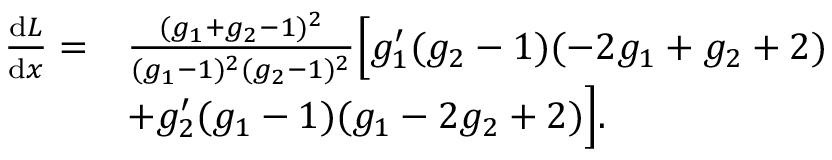
\begin{array} { r l } { \quad \frac { \mathrm { { d } } L } { { \mathrm { d } } x } = } & { \frac { ( g _ { 1 } + g _ { 2 } - 1 ) ^ { 2 } } { ( g _ { 1 } - 1 ) ^ { 2 } ( g _ { 2 } - 1 ) ^ { 2 } } \Big [ g _ { 1 } ^ { \prime } ( g _ { 2 } - 1 ) ( - 2 g _ { 1 } + g _ { 2 } + 2 ) } \\ & { + g _ { 2 } ^ { \prime } ( g _ { 1 } - 1 ) ( g _ { 1 } - 2 g _ { 2 } + 2 ) \Big ] . } \end{array}